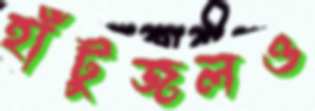
হাঁটুজলও